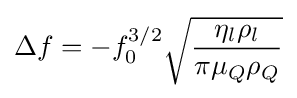
\Delta f=-f_{0}^{3/2}{\sqrt {\frac {\eta _{l}\rho _{l}}{\pi \mu _{Q}\rho _{Q}}}}